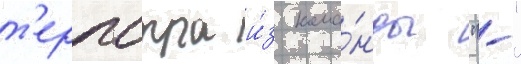
т'ерпстра и́з кома́нды "-"